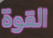
القوة